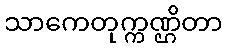
သာကေတုက္ကဏ္ဌိတာ